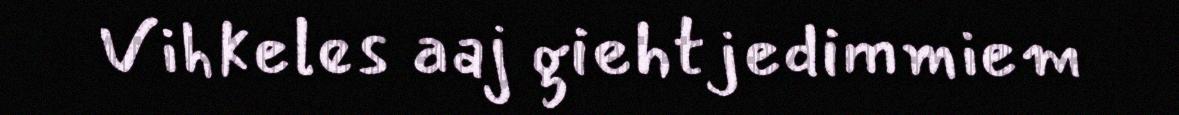
Vihkeles aaj giehtjedimmiem